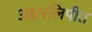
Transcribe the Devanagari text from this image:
अक्षरलिपीत